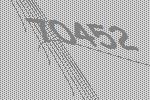
70452